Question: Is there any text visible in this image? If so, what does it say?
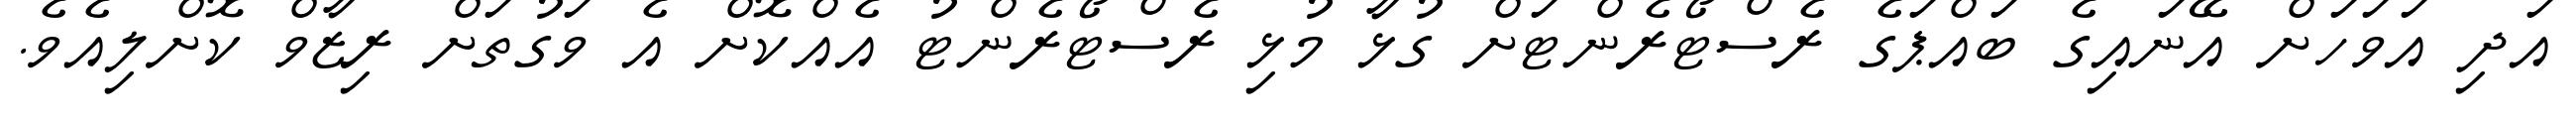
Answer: އަދި އަވަހަށް އޭނައިގެ ބައްޕަގެ ރެސްޓޯރެންޓަށް ގުޅާ މުޅި ރެސްޓޯރެންޓު އެއްކޮށް އެ ވަގުތަށް ރިޒާވް ކޮށްލިއެވެ.